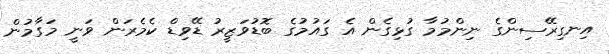
އިނގިރޭސިންގެ ނިންމުމާ ގުޅިގެން އެ ގައުމުގެ ބޮޑުވަޒީރު ޑޭވިޑް ކެމެރަން ވަނީ މަގާމުން